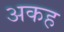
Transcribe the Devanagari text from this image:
अकह